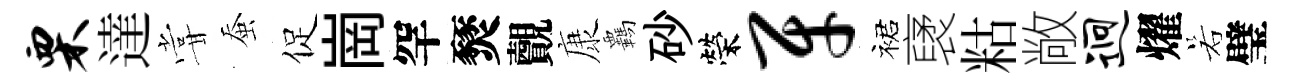
栗達甞蚕促崗罕燹覿康覊砂榮牙裙裦䊀敞迥燿若璧